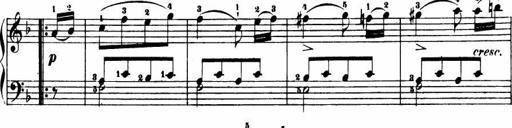
Title: Le bouquetier
Composer: Anton Diabelli
Key: G major
 C major
 F major
 C major